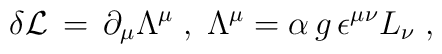
\delta {\cal L} \,=\, \partial_{\mu}  \Lambda^{\mu} \;,\;\Lambda^{\mu} = \alpha \, g \, \epsilon^{\mu \nu} L_{\nu} \;,